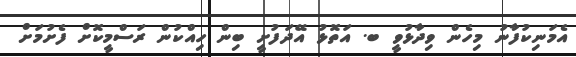
އެމަނިކުފާނު މިހެން ވިދާޅުވީ ބ. އަތޮޅު އޭދަފުށީ ބިން ހިއްކުން ރަސްމީކޮށް ފެށުމަށް